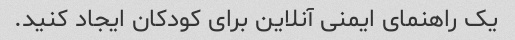
یک راهنمای ایمنی آنلاین برای کودکان ایجاد کنید.